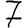
Digit: 7